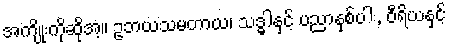
အကျိုးကိုဆိုအံ့။ ဥဘယသမတာယ၊ သဒ္ဓါနှင့် ပညာနှစ်ပါး, ဝီရိယနှင့်